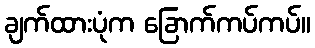
ချက်ထားပုံက ခြောက်ကပ်ကပ်။